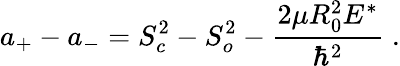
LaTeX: a_{+}-a_{-}=S_{c}^{2}-S_{o}^{2}-\frac{2\mu R_{0}^{2}E^{*}}{\hbar^{2}}\; .